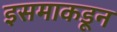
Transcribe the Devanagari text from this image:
इसमाकडून